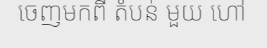
ចេញមកពី តំបន់ មួយ ហៅ